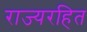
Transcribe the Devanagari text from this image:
राज्यरहित